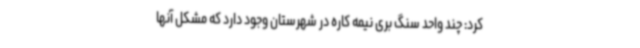
کرد: چند واحد سنگ بری نیمه کاره در شهرستان وجود دارد که مشکل آنها